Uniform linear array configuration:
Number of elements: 4
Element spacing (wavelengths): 0.5
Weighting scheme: kaiser
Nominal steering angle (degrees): -15
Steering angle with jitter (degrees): -13.587
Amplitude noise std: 0.05
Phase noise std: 0.05

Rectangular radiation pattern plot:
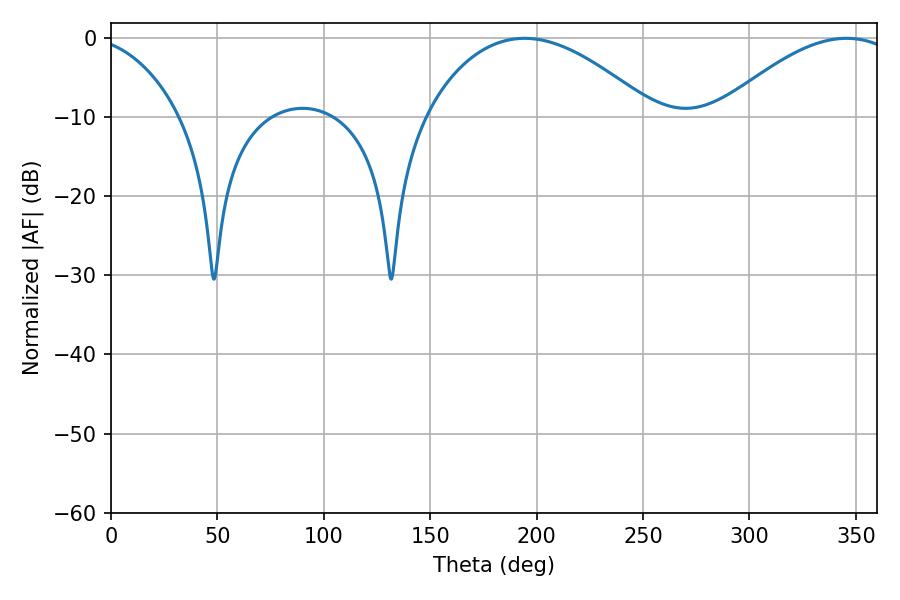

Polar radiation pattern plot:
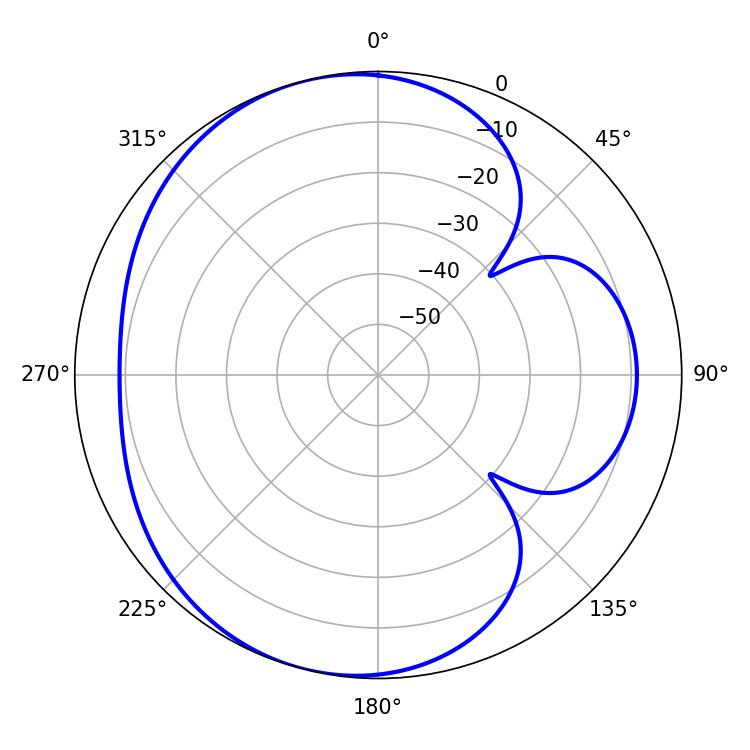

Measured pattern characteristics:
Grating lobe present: FALSE
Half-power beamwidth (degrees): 59.4
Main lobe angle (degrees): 194.4